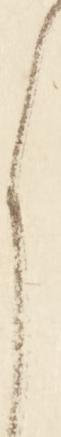
よ